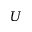
U